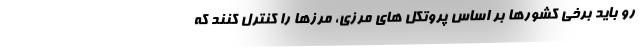
رو باید برخی کشورها بر اساس پروتکل های مرزی، مرزها را کنترل کنند که